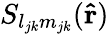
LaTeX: S_{l_{jk}m_{jk}}(\mathbf{\hat{r}})